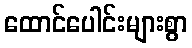
ထောင်ပေါင်းများစွာ